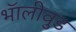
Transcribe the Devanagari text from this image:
भॅालीवुड